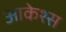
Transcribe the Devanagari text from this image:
आकेश्स